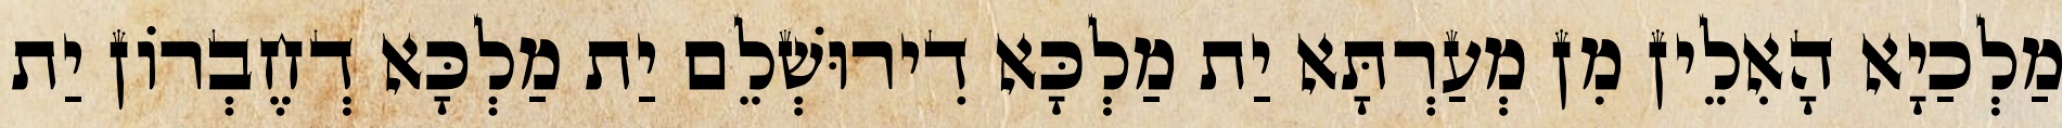
מַלְכַיָא הָאִלֵין מִן מְעַרְתָּא יַת מַלְכָּא דִירוּשְׁלֵם יַת מַלְכָּא דְחֶבְרוֹן יַת